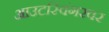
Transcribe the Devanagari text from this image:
आउटस्विंगरवर